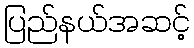
ပြည်နယ်အဆင့်